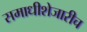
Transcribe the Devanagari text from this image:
समाधीशेजारीच